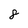
Character: 8